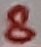
Text: 8